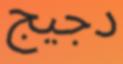
دجيج